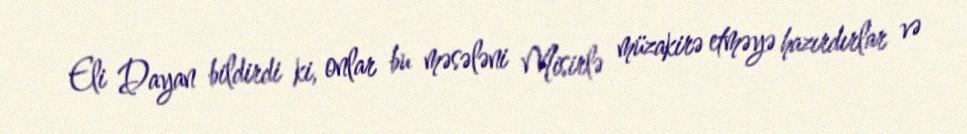
Eli Dayan bildirdi ki, onlar bu məsələni Misirlə müzakirə etməyə hazırdırlar və